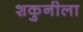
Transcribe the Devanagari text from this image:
शकुनीला